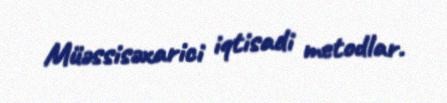
Müəssisəxarici iqtisadi metodlar.